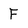
Character: F